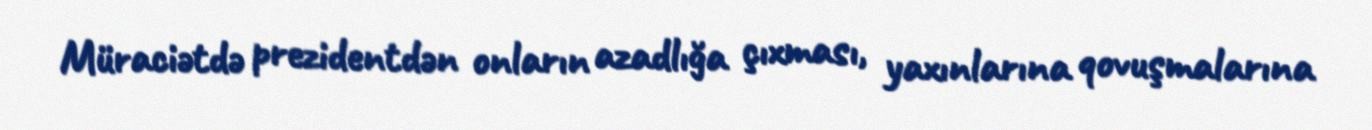
Müraciətdə prezidentdən onların azadlığa çıxması, yaxınlarına qovuşmalarına